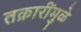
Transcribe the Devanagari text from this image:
तक्रारींमुळे